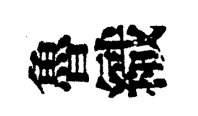
魯織